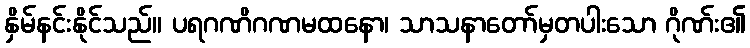
နှိမ်နင်းနိုင်သည်။ ပရဂဏိဂဏမထနော၊ သာသနာတော်မှတပါးသော ဂိုဏ်း၏